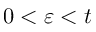
0 < \varepsilon < t